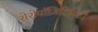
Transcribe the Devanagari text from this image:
सेरोपॉज़िटिविटी